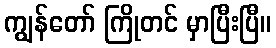
ကျွန်တော် ကြိုတင် မှာပြီးပြီ။